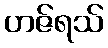
ဟဇ်ရသ်